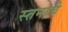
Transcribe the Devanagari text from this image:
स्तनांचे